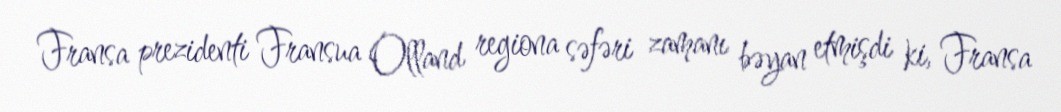
Fransa prezidenti Fransua Olland regiona səfəri zamanı bəyan etmişdi ki, Fransa